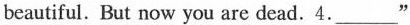
beautiful. But now you are dead.4.___"